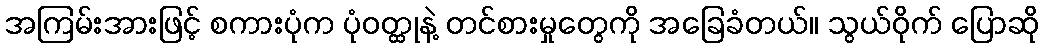
အကြမ်းအားဖြင့် စကားပုံက ပုံဝတ္ထုနဲ့ တင်စားမှုတွေကို အခြေခံတယ်။ သွယ်ဝိုက် ပြောဆို